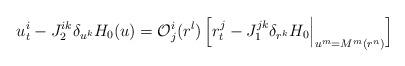
LaTeX: \begin{align*}u^i_{t} - J_2^{ik} \delta_{u^k} H_0 (u) = {\cal O}^i_j (r^l) \,\Big[ r^j_{t} - J_1^{jk} \delta_{r^k} H_0 \Big|_{u^m=M^m(r^n)}\Big] \end{align*}